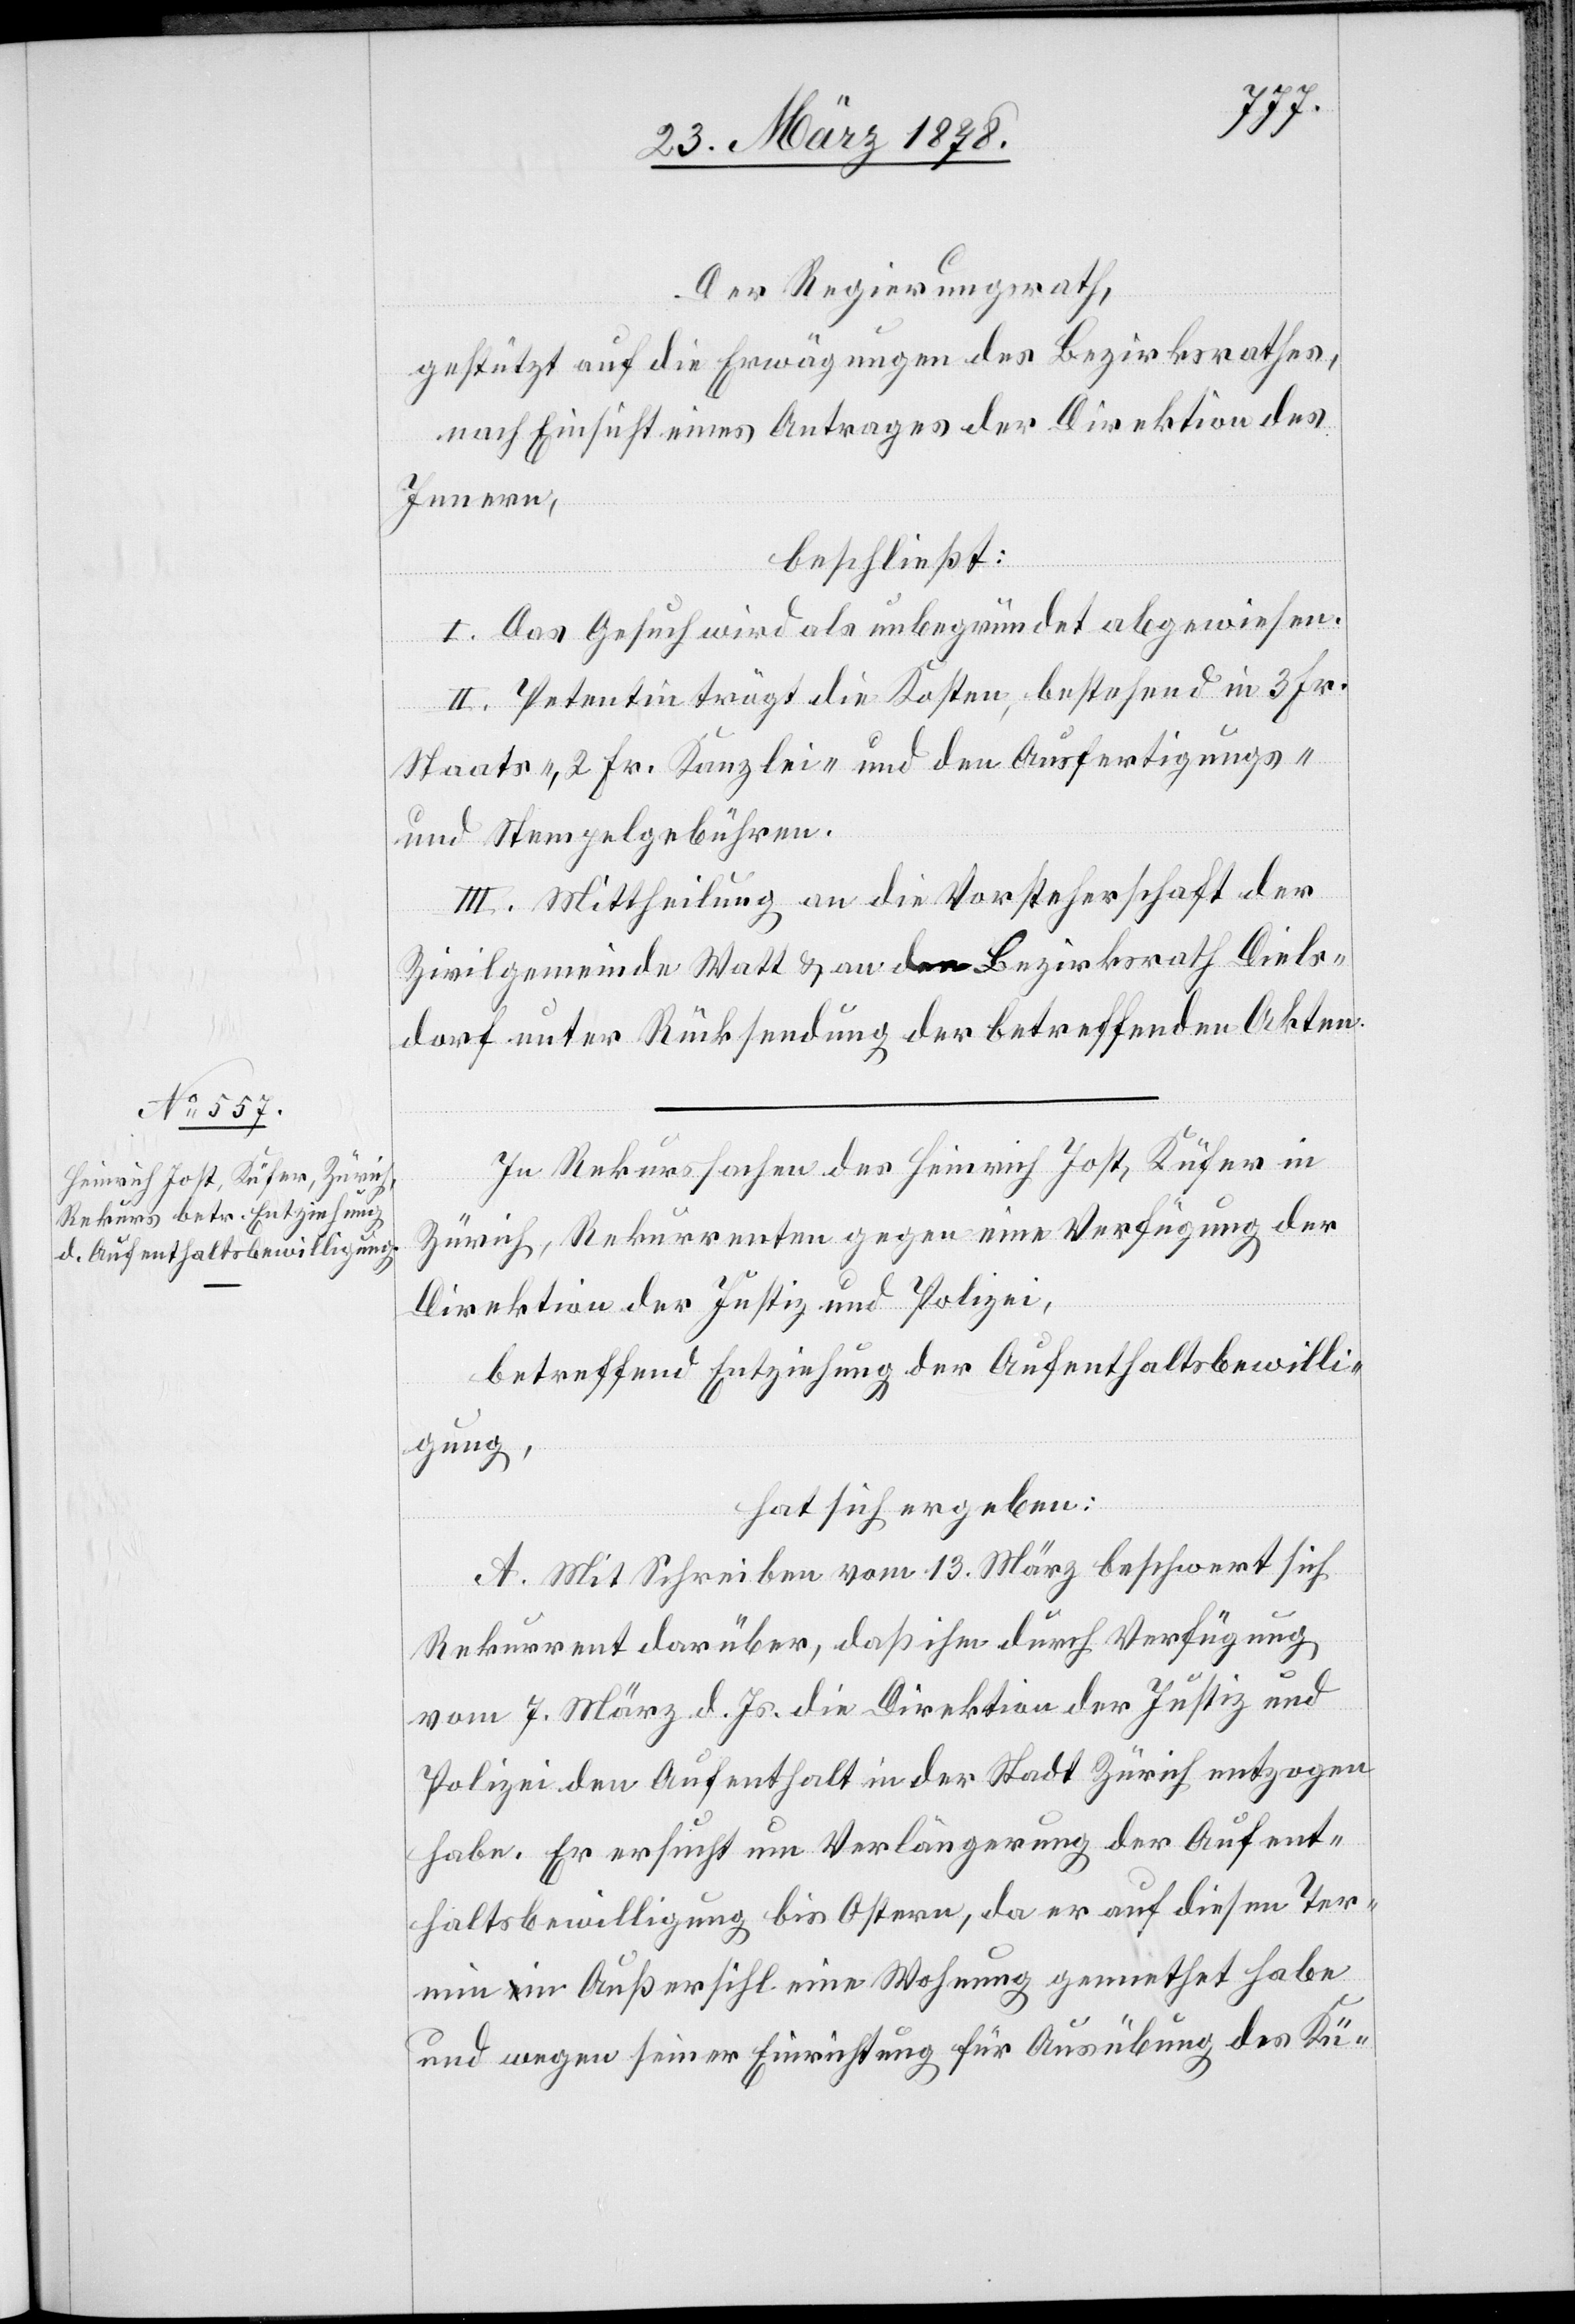
Der Regierungsrath,
gestützt auf die Erwägungen des Bezirksrathes,
nach Einsicht eines Antrages der Direktion des
Innern,
beschließt:
I. Das Gesuch wird als unbegründet abgewiesen.
II. Petentin trägt die Kosten, bestehend in 3 Fr.
Staats-, 2 Fr. Kanzlei- und den Ausfertigungs-
und Stempelgebühren.
III. Mittheilung an die Vorsteherschaft der
Zivilgemeinde Watt & an den Bezirksrath Diels¬
dorf unter Rücksendung der betreffenden Akten.
In Rekurssachen des Heinrich Jost, Küfer in
Zürich, Rekurrenten gegen eine Verfügung der
Direktion der Justiz und Polizei,
betreffend Entziehung der Aufenthaltsbewilli¬
gung,
hat sich ergeben:
A. Mit Schreiben vom 13. März beschwert sich
Rekurrent darüber, daß ihm durch Verfügung
vom 7. März d. Js. die Direktion der Justiz und
Polizei den Aufenthalt in der Stadt Zürich entzogen
habe. Er ersucht um Verlängerung der Aufent¬
haltsbewilligung bis Ostern, da er auf diesen Ter¬
min in Außersihl eine Wohnung gemiethet habe
und wegen seiner Einrichtung für Ausübung des Kü-